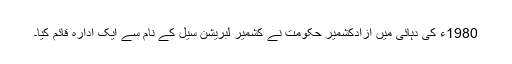
1980ء کی دہائی میں آزادکشمیر حکومت نے کشمیر لبریشن سیل کے نام سے ایک ادارہ قائم کیا۔